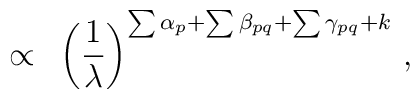
\propto~               \left(\frac{1}{\lambda}\right)^{\sum \alpha_{p} +                 \sum \beta_{pq} + \sum \gamma_{pq} + k} \,,